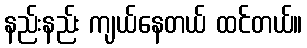
နည်းနည်း ကျယ်နေတယ် ထင်တယ်။